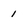
Character: 1